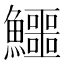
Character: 鱷